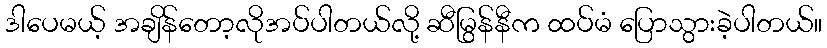
ဒါပေမယ့် အချိန်တော့လိုအပ်ပါတယ်လို့ ဆီမြွန်နီက ထပ်မံ ပြောသွားခဲ့ပါတယ်။